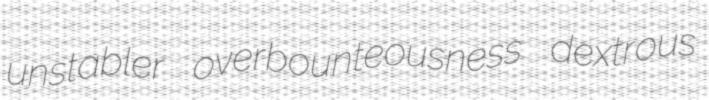
unstabler overbounteousness dextrous